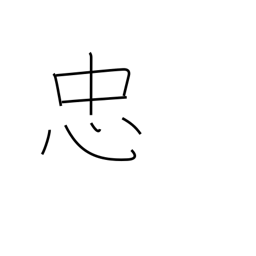
Meaning: faithfulness